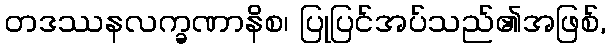
တဒဿနလက္ခဏာနိစ၊ ပြုပြင်အပ်သည်၏အဖြစ်,